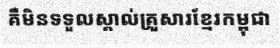
គឺមិនទទួលស្គាល់គ្រួសារខ្មែរកម្ពុជា